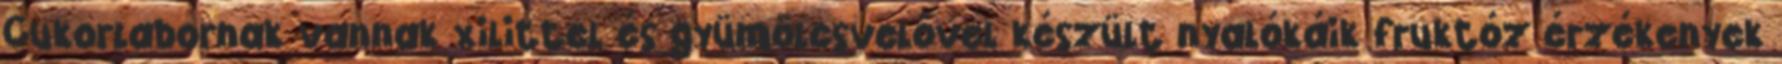
Cukorlabornak vannak xilittel és gyümölcsvelővel készült nyalókáik fruktóz érzékenyek